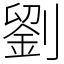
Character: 劉